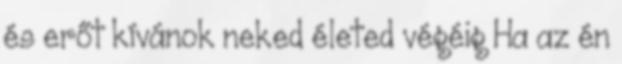
és erőt kívánok neked életed végéig Ha az én